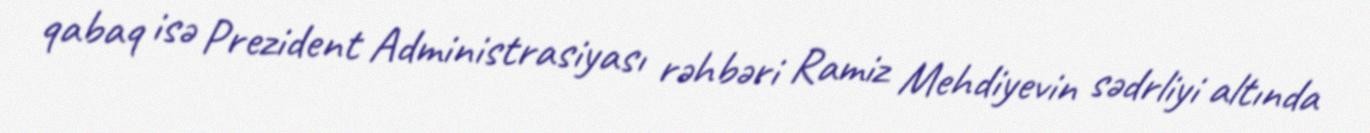
qabaq isə Prezident Administrasiyası rəhbəri Ramiz Mehdiyevin sədrliyi altında